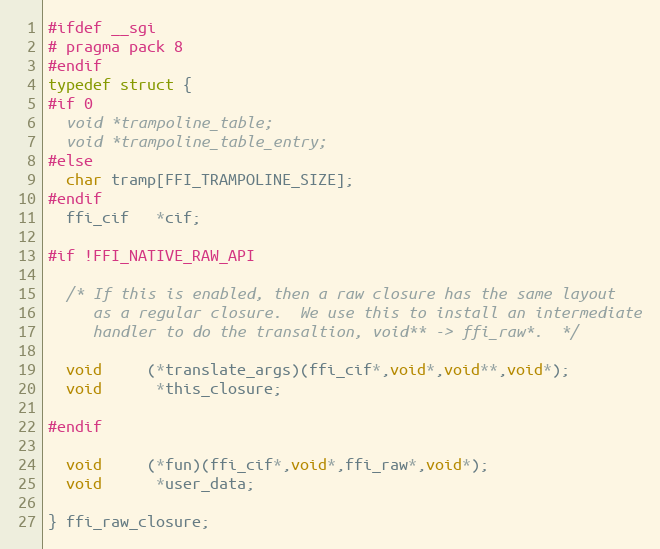
Language: C
#ifdef __sgi
# pragma pack 8
#endif
typedef struct {
#if 0
  void *trampoline_table;
  void *trampoline_table_entry;
#else
  char tramp[FFI_TRAMPOLINE_SIZE];
#endif
  ffi_cif   *cif;

#if !FFI_NATIVE_RAW_API

  /* If this is enabled, then a raw closure has the same layout
     as a regular closure.  We use this to install an intermediate
     handler to do the transaltion, void** -> ffi_raw*.  */

  void     (*translate_args)(ffi_cif*,void*,void**,void*);
  void      *this_closure;

#endif

  void     (*fun)(ffi_cif*,void*,ffi_raw*,void*);
  void      *user_data;

} ffi_raw_closure;